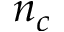
n _ { c }